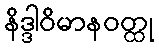
နိဒ္ဒါဝိမာနဝတ္ထု